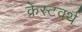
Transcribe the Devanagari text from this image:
क्रेस्टवर्थ